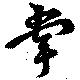
掌